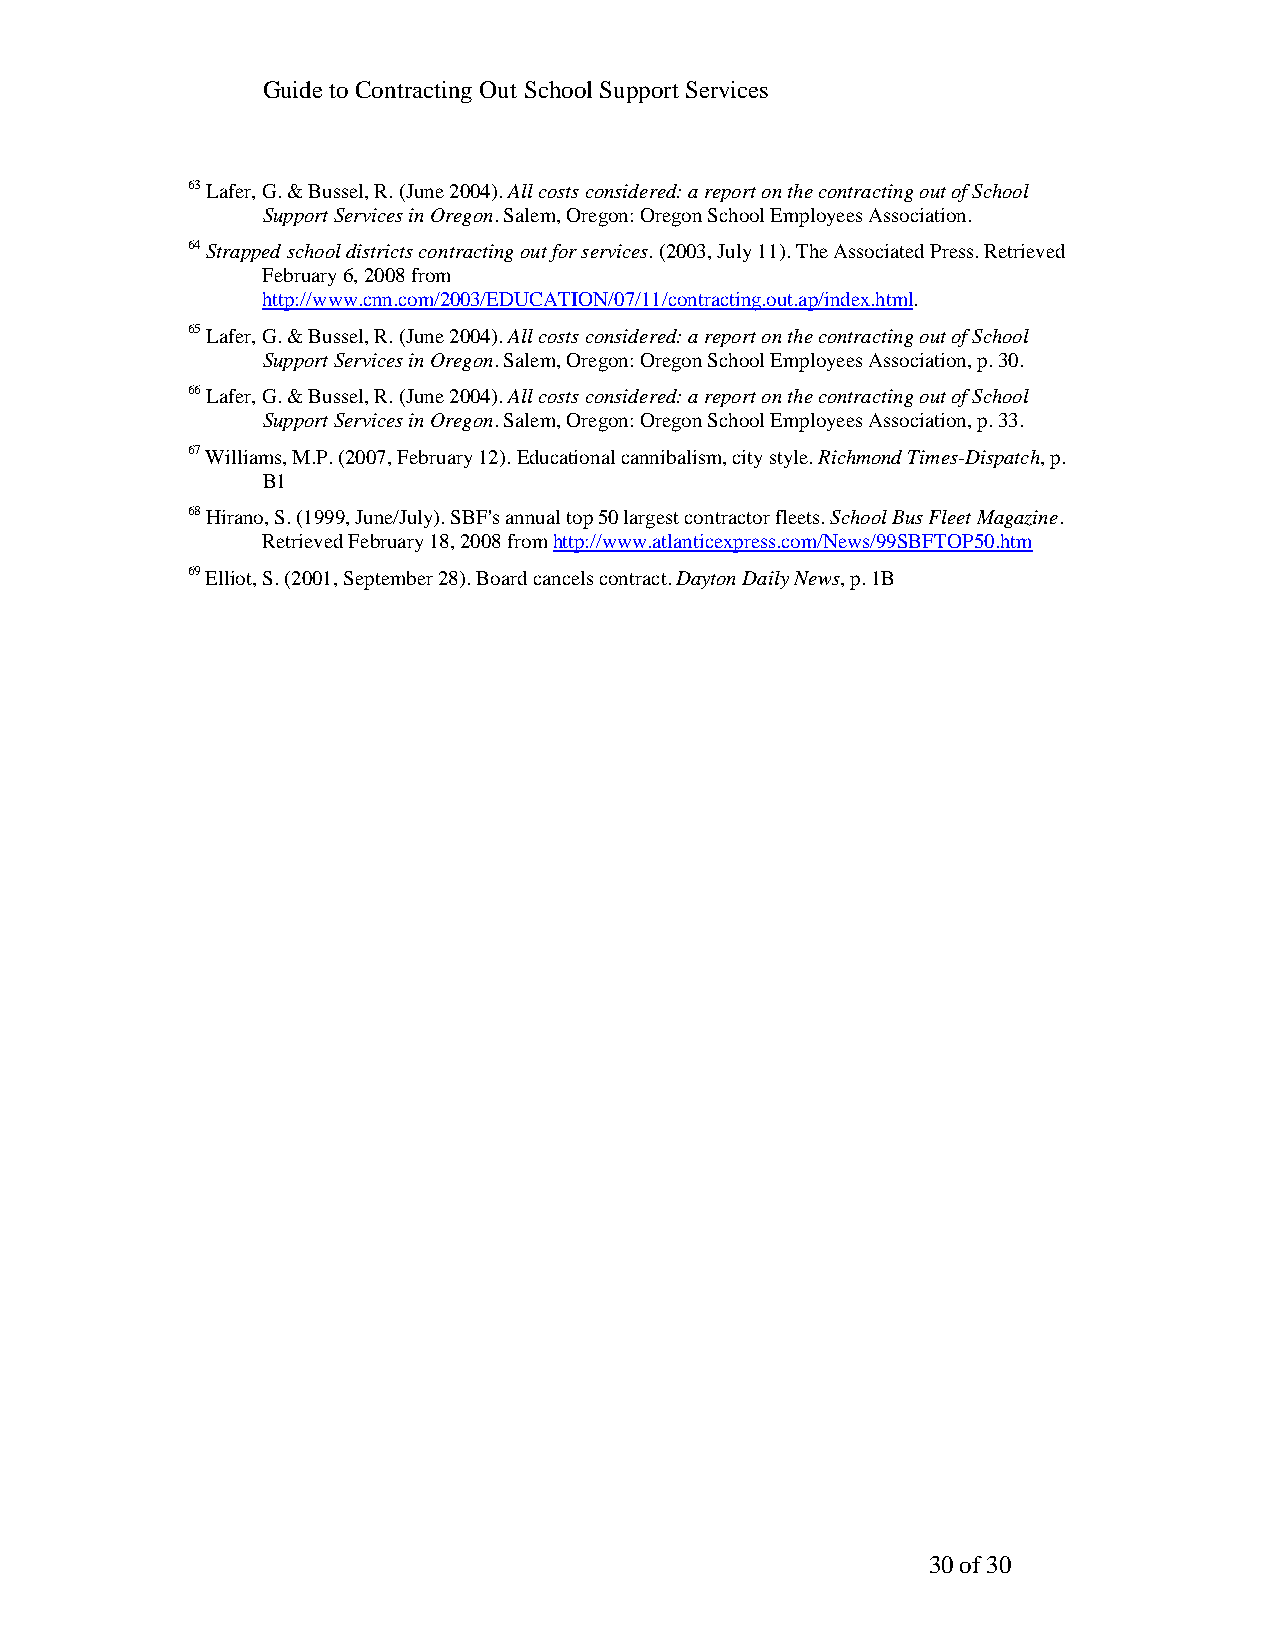
Guide to Contracting Out School Support Services
 63 Lafer, G. & Bussel, R. (June 2004). All costs considered: a report on the contracting out of School
 Support Services in Oregon. Salem, Oregon: Oregon School Employees Association.
 64 Strapped school districts contracting out for services. (2003, July 11). The Associated Press. Retrieved
 February 6, 2008 from
 http://www.cnn.com/2003/EDUCATION/07/11/contracting.out.ap/index.html.
 65 Lafer, G. & Bussel, R. (June 2004). All costs considered: a report on the contracting out of School
 Support Services in Oregon. Salem, Oregon: Oregon School Employees Association, p. 30.
 66 Lafer, G. & Bussel, R. (June 2004). All costs considered: a report on the contracting out of School
 Support Services in Oregon. Salem, Oregon: Oregon School Employees Association, p. 33.
 67 Williams, M.P. (2007, February 12). Educational cannibalism, city style. Richmond Times-Dispatch, p.
 B1
 68 Hirano, S. (1999, June/July). SBF's annual top 50 largest contractor fleets. School Bus Fleet Magazine.
 Retrieved February 18, 2008 from http://www.atlanticexpress.com/News/99SBFTOP50.htm
 69 Elliot, S. (2001, September 28). Board cancels contract. Dayton Daily News, p. 1B
 30 of 30